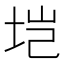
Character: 垲